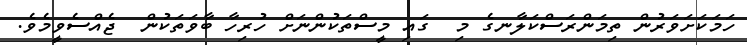
ހަމަކަށަވަރުން ތިމަންރަސްކަލާނގެ މި  ގައި މީސްތަކުންނަށް ހުރިހާ ބާވަތަކުން  ޖެއްސެވީމެވެ.